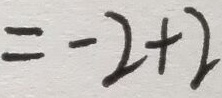
= - 2 + 2